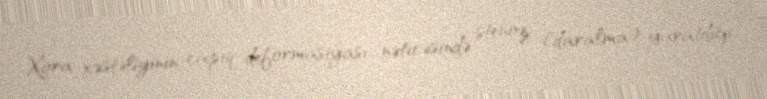
Xora xəstəliyinin çapıq deformasiyası nəticəsində stenoz (daralma) yaratdığı